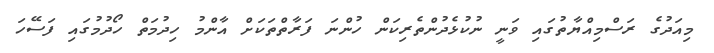
މިއަދުގެ ރަސްމިއްޔާތުގައި ވަނީ ނުކުޅެދުންތެރިކަން ހުންނަ ފަރާތްތަކަށް އާންމު ހިދުމަތް ހޯދުމުގައި ފަސޭހަ